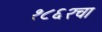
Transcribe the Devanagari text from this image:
१८६२चा